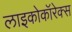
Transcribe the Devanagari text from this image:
लाइकोकॉरेक्स